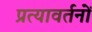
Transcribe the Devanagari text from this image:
प्रत्यावर्तनों